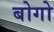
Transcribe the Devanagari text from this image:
बोगो